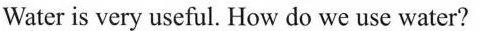
Water is very useful. How do we use water?